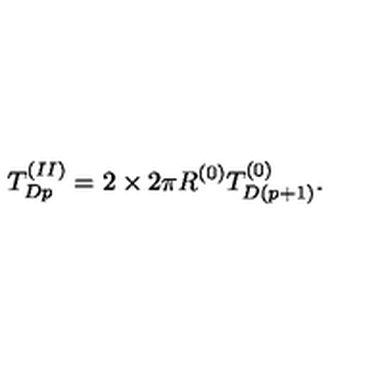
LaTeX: T _ { D p } ^ { ( I I ) } = 2 \times 2 \pi R ^ { ( 0 ) } T _ { D ( p + 1 ) } ^ { ( 0 ) } .